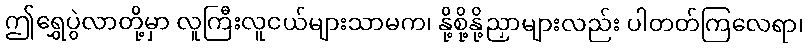
ဤရွှေပွဲလာတို့မှာ လူကြီးလူငယ်များသာမက၊ နို့စို့နို့ညှာများလည်း ပါတတ်ကြလေရာ၊